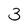
Character: 3